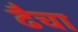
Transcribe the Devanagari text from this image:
ढैचा